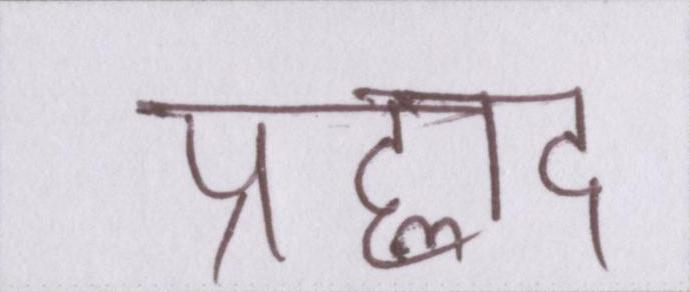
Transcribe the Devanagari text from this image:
प्रह्लाद